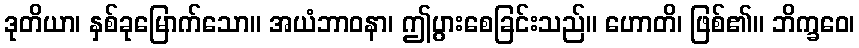
ဒုတိယာ၊ နှစ်ခုမြောက်သော။ အယံဘာဝနာ၊ ဤပွားစေခြင်းသည်။ ဟောတိ၊ ဖြစ်၏။ ဘိက္ခဝေ၊